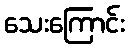
သေးကြောင်း